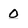
Character: O